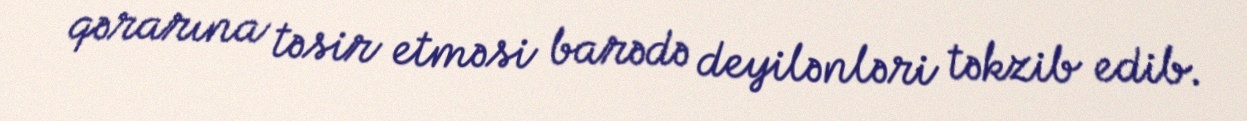
qərarına təsir etməsi barədə deyilənləri təkzib edib.